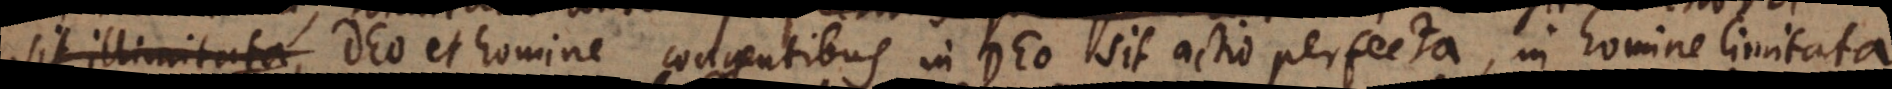
sit illimitata Deo et homine coagentibus, in Deo sit actio perfecta, in homine limitata